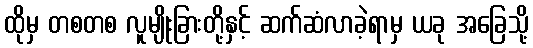
ထိုမှ တစတစ လူမျိုးခြားတို့နှင့် ဆက်ဆံလာခဲ့ရာမှ ယခု အခြေသို့